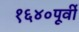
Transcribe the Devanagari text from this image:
१६४०पूर्वी